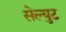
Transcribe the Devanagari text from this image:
सेल्युट